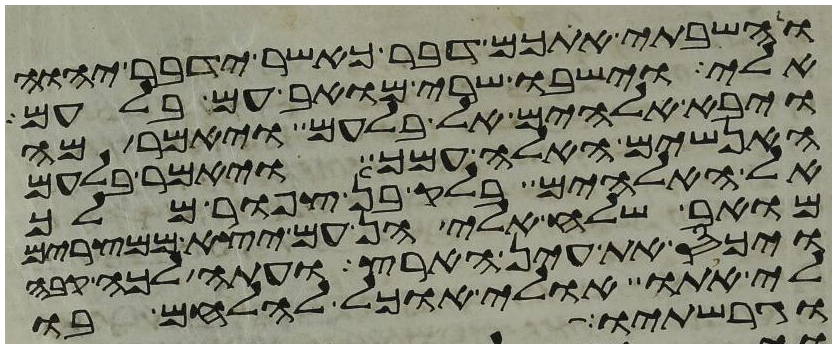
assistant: והשבתי אתכם דבר כאשר ידבר יהוה
אלי וישבו שרי מואב עם בלעם
ויבא אלהים אל בלעם ויאמר מה
האנשים האלה עמך ויאמר בלעם
אל האלהים בלק בן צפור מלך
מואב שלח אלי הן עם יצא ממצרים
ויכס את עין הארץ ועתה לכה קבה
לי אתו אולי אוכל להלחם בו